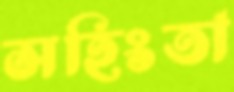
সহিংতা